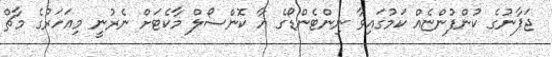
ޖަޕާނުގެ ކުންފުންޏެއް ކަމުގައިވާ ނިންޓެންޑޯގެ އާ ކޮންސޯލް މާކެޓަށް ނެރުނީ މިއަހަރުގެ މާޗް